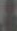
&